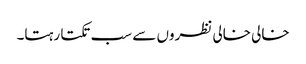
خالی خالی نظروں سے سب تکتا رہتا۔